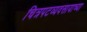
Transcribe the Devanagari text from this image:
चित्रपटव्यवसायाच्या